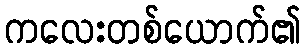
ကလေးတစ်ယောက်၏